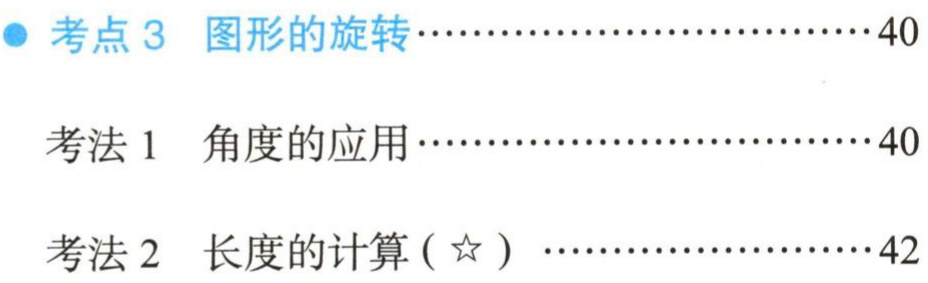
\begin{itemize}

\item 考点3 图形的旋转………………………40

  \begin{itemize}

  \item 考法1 角度的应用………………………40

  \item 考法2 长度的计算(☆) ……………………42

  \end{itemize}

\end{itemize}